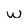
Character: w